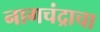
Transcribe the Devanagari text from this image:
नागचंद्राचा